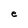
Character: e